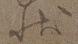
状